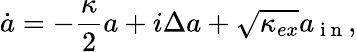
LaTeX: \dot{a}=-\frac{\kappa}{2}a+i\Delta a+\sqrt{\kappa_{ex}}a_{\mathrm{~i~n~}},